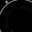
Digit: 8